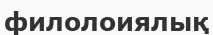
филолоиялық